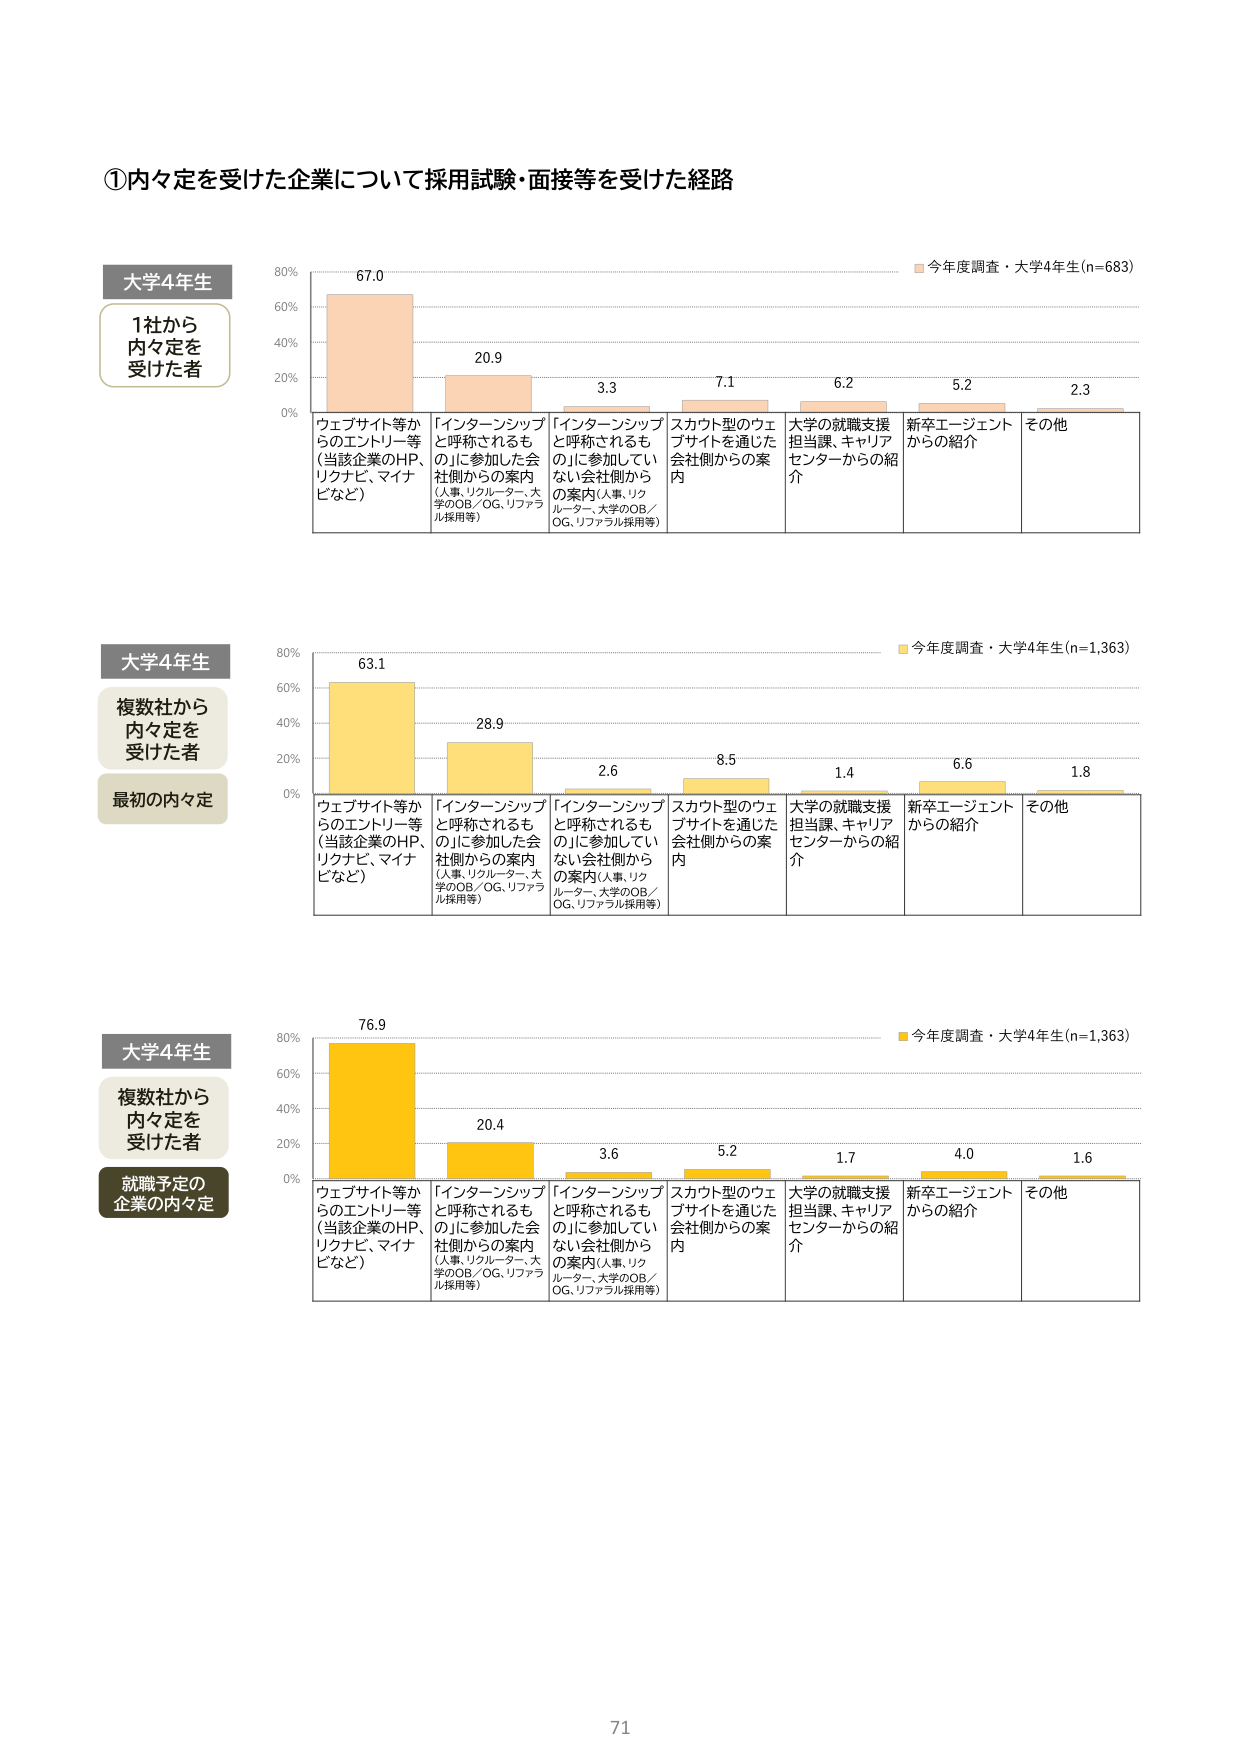
①内々定を受けた企業について採用試験・面接等を受けた経路

大学4年生
1社から
内々定を
受けた者

ウェブサイト等か
らのエントリー等
（当該企業のHP、
リクナビ、マイナ
ビなど）
67.0

「インターンシップ
と呼称されるも
の」に参加した会
社側からの案内
（人事、リクルーター、大
学のOB／OG、リファラ
ル採用等）
20.9

「インターンシップ
と呼称されるも
の」に参加してい
ない会社側から
の案内（人事、リク
ルーター、大学のOB／
OG、リファラル採用等）
3.3

スカウト型のウェ
ブサイトを通じた
会社側からの案
内
7.1

大学の就職支援
担当課、キャリア
センターからの紹
介
6.2

新卒エージェント
からの紹介
5.2

その他
2.3

■今年度調査・大学4年生(n=683)

大学4年生
複数社から
内々定を
受けた者
最初の内々定

ウェブサイト等か
らのエントリー等
（当該企業のHP、
リクナビ、マイナ
ビなど）
63.1

「インターンシップ
と呼称されるも
の」に参加した会
社側からの案内
（人事、リクルーター、大
学のOB／OG、リファラ
ル採用等）
28.9

「インターンシップ
と呼称されるも
の」に参加してい
ない会社側から
の案内（人事、リク
ルーター、大学のOB／
OG、リファラル採用等）
2.6

スカウト型のウェ
ブサイトを通じた
会社側からの案
内
8.5

大学の就職支援
担当課、キャリア
センターからの紹
介
1.4

新卒エージェント
からの紹介
6.6

その他
1.8

■今年度調査・大学4年生(n=1,363)

大学4年生
複数社から
内々定を
受けた者
就職予定の
企業の内々定

ウェブサイト等か
らのエントリー等
（当該企業のHP、
リクナビ、マイナ
ビなど）
76.9

「インターンシップ
と呼称されるも
の」に参加した会
社側からの案内
（人事、リクルーター、大
学のOB／OG、リファラ
ル採用等）
20.4

「インターンシップ
と呼称されるも
の」に参加してい
ない会社側から
の案内（人事、リク
ルーター、大学のOB／
OG、リファラル採用等）
3.6

スカウト型のウェ
ブサイトを通じた
会社側からの案
内
5.2

大学の就職支援
担当課、キャリア
センターからの紹
介
1.7

新卒エージェント
からの紹介
4.0

その他
1.6

■今年度調査・大学4年生(n=1,363)

71